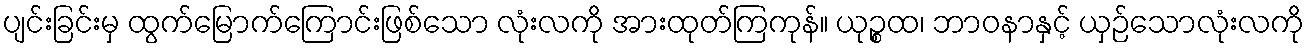
ပျင်းခြင်းမှ ထွက်မြောက်ကြောင်းဖြစ်သော လုံးလကို အားထုတ်ကြကုန်။ ယုဉ္စထ၊ ဘာဝနာနှင့် ယှဉ်သောလုံးလကို